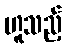
ဟူသည့်